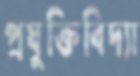
প্রযুক্তিবিদ্যা